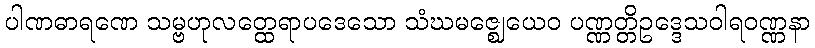
ပါဏဓာရဏေ သမ္ဗဟုလတ္ထေရာပဒေသော သံဃမဇ္ဈေယေဝ ပဏ္ဏတ္တိဥဒ္ဒေသဝါရဝဏ္ဏနာ